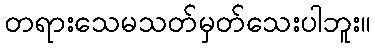
တရားသေမသတ်မှတ်သေးပါဘူး။